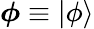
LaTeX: {\boldsymbol{\phi}}\equiv|\phi\rangle